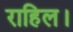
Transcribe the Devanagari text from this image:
राहिल।